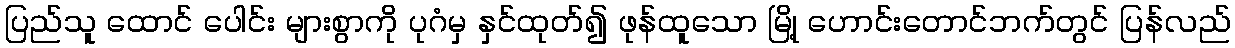
ပြည်သူ ထောင် ပေါင်း များစွာကို ပုဂံမှ နှင်ထုတ်၍ ဖုန်ထူသော မြို့ ဟောင်းတောင်ဘက်တွင် ပြန်လည်